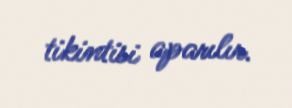
tikintisi aparılır.